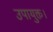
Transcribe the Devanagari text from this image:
उपायुक्त।